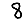
Digit: 8